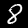
Digit: 8